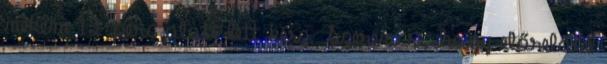
nekem 12 perc alatt lett kész. Szerencse, hogy előrelátó